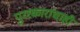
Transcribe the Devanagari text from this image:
पुरस्कारांचाही